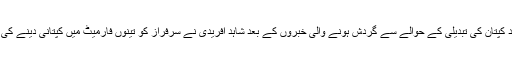
آسٹریلیا دورے میں بدترین شکست کے بعد کپتان کی تبدیلی کے حوالے سے گردش ہونے والی خبروں کے بعد شاہد آفریدی نے سرفراز کو تینوں فارمیٹ میں کپتانی دینے کی تجویز کرتے ہوئے انہیں فائٹر کا لقب دیا۔